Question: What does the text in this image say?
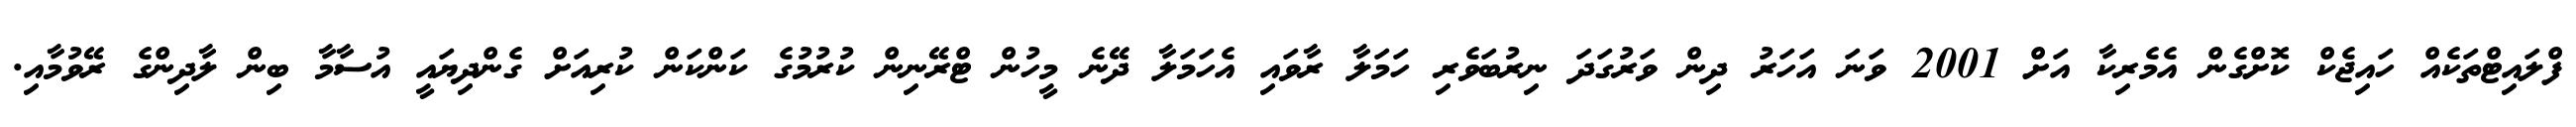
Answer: ފްލައިޓްތަކެއް ހައިޖެކް ކޮށްގެން އެމެރިކާ އަށް 2001 ވަނަ އަހަރު ދިން ވަރުގަދަ ނިރުބަވެރި ހަމަލާ ރާވައި އެހަމަލާ ދޭނެ މީހުން ޓްރޭނިން ކުރުމުގެ ކަންކަން ކުރިއަށް ގެންދިޔައީ އުސާމާ ބިން ލާދިންގެ ރޭވުމާއި.